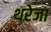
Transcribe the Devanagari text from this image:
थरेजा